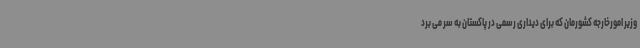
وزیر امورخارجه کشورمان که برای دیداری رسمی در پاکستان به سر می برد